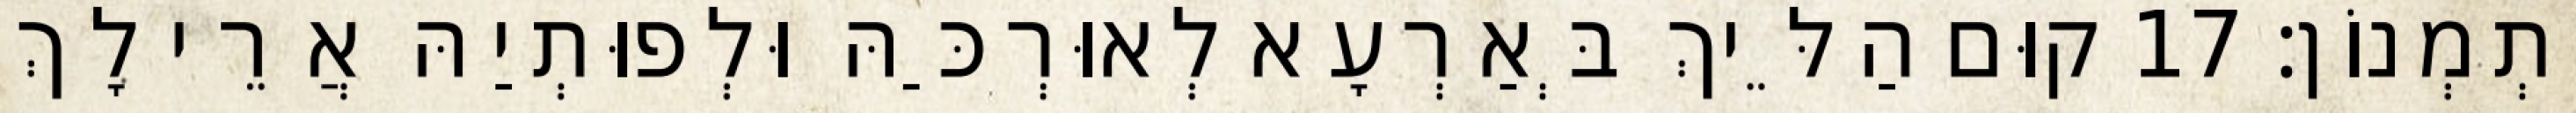
יִתְמְנוֹן׃ 17 קוּם הַלֵּיךְ בְּאַרְעָא לְאוּרְכַּהּ וּלְפוּתְיַהּ אֲרֵי לָךְ